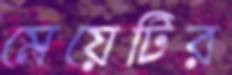
মেয়েটির